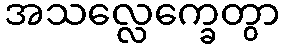
အသလ္လေက္ခေတွာ